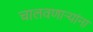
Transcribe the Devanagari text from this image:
चालवणार्‍यांना